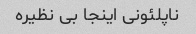
ناپلئونی اینجا بی نظیره